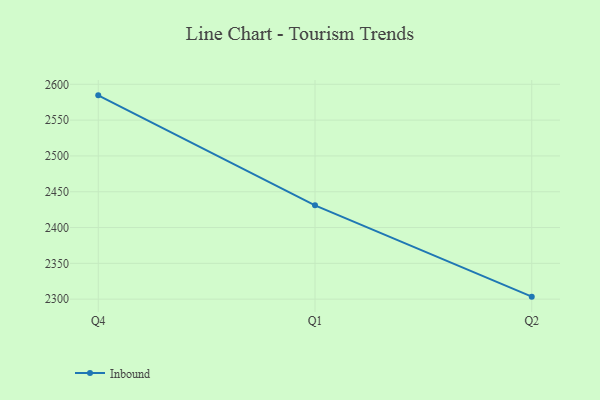
{"axis": {"x": "Quarter", "y": "Backlog"}, "legend": ["Inbound"], "data": [{"x": "Q4", "y": 2584.6, "type": "Inbound"}, {"x": "Q1", "y": 2431.0, "type": "Inbound"}, {"x": "Q2", "y": 2303.5, "type": "Inbound"}]}